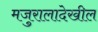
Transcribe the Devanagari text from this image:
मजुरालादेखील